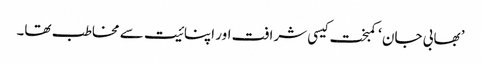
’ بھابی جان ‘ کمبخت کیسی شرافت اور اپنائیت سے مخاطب تھا۔